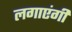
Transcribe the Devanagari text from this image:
लगाएंगी